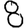
Digit: 8